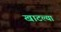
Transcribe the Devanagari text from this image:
खाटल्या